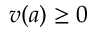
v ( a ) \geq 0